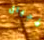
الأجيال